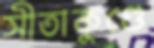
সীতাকুণ্ডে